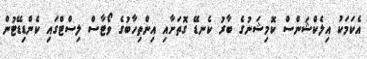
އެކަމަކު އިލެކްޝަންސް ކޮމިޝަނުގެ ބާރު ކެނޑޭ ގޮތަށާއި އިންތިހާބުގެ ވޯޓާސް ލިސްޓްގައި ކެންޑިޑޭޓުން